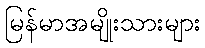
မြန်မာအမျိုးသားများ